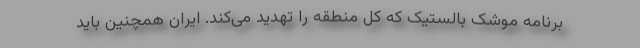
برنامه موشک بالستیک که کل منطقه را تهدید می‌کند. ایران همچنین باید